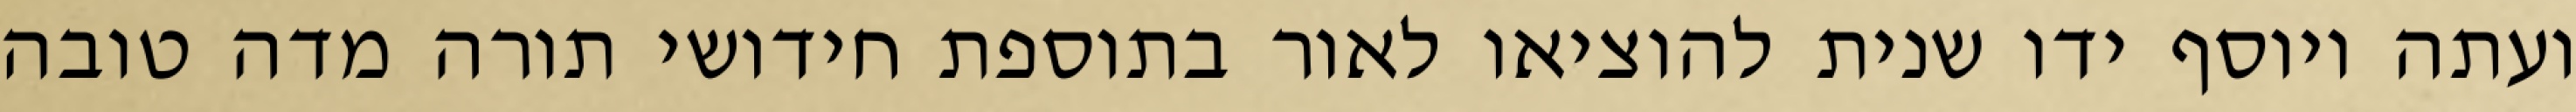
ועתה ויוסף ידו שנית להוציאו לאור בתוספת חידושי תורה מדה טובה